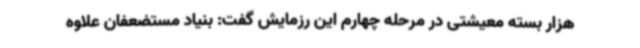
هزار بسته معیشتی در مرحله چهارم این رزمایش گفت: بنیاد مستضعفان علاوه